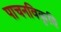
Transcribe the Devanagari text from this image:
पाचनविकृति